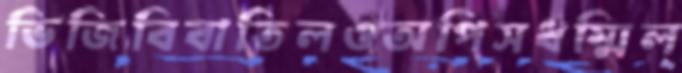
ভিজিবিবাতিলওঅপিসধম্মিল্